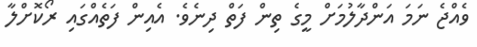
ވެއްޖެ ނަމަ އަންދާލުމަށް މީގެ ތިން ފަތް ދިނެވެ. އެއިން ފަތެއްގައި ރޯކޮށްލާ